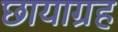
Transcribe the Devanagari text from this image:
छायाग्रह